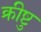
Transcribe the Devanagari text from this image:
क्रीष्टु